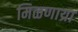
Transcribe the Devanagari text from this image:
मिळणाय्रा